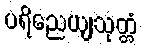
ပရိညေယျသုတ္တံ